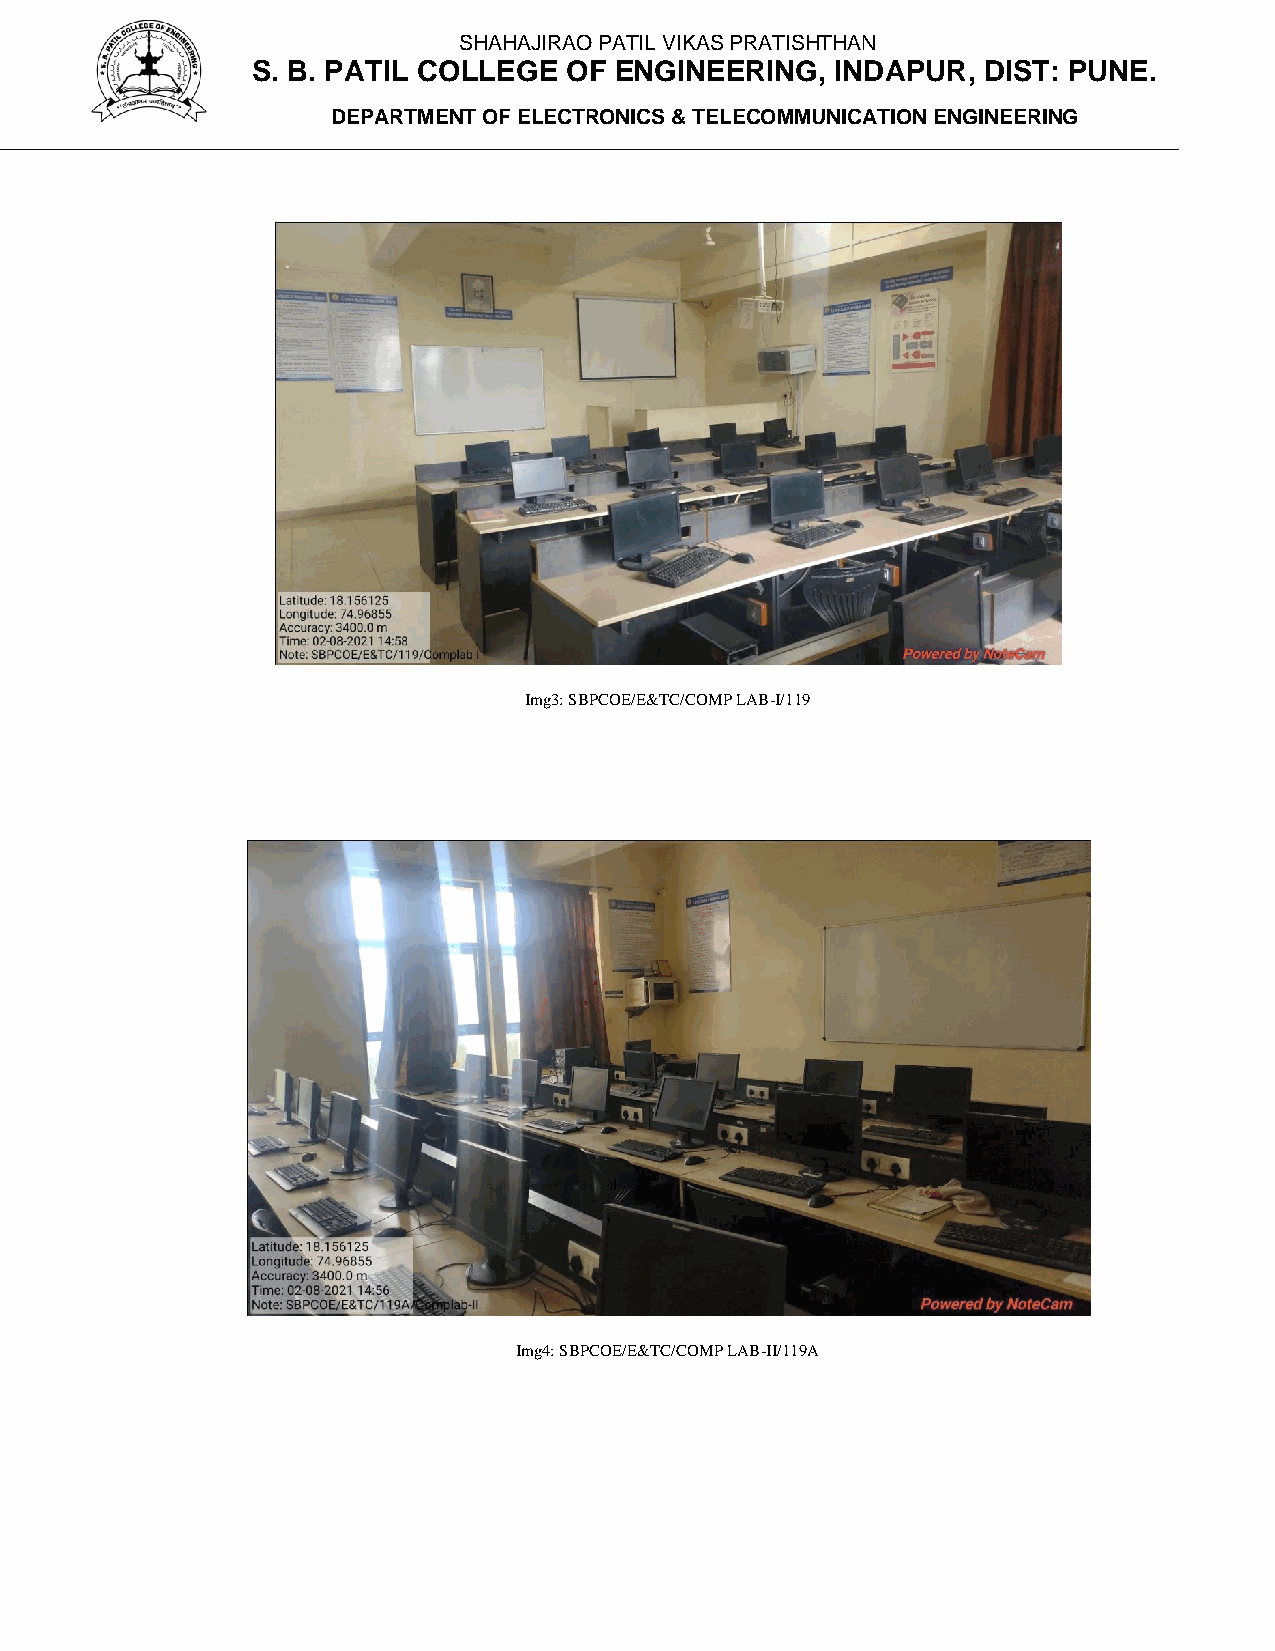
SHAHAJIRAO PATIL VIKAS PRATISHTHAN
 S. B. PATIL COLLEGE OF  ENGINEERING,  INDAPUR,  DIST: PUNE.
 DEPARTMENT OF ELECTRONICS & TELECOMMUNICATION ENGINEERING
 Img3: SBPCOE/E&TC/COMP LAB-I/119
 Img4: SBPCOE/E&TC/COMP LAB-II/119A